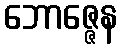
ဘောဇ္ဇေန